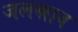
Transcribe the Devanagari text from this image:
जलस्राव